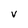
Character: v